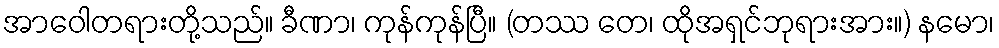
အာဝေါတရားတို့သည်။ ခီဏာ၊ ကုန်ကုန်ပြီ။ (တဿ တေ၊ ထိုအရှင်ဘုရားအား။) နမော၊